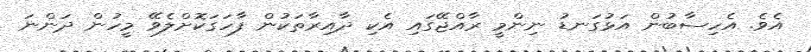
އެވެ. އެހިސާބުން އަޅުގަނޑު ނިންމީ ރާއްޖޭގައި އެކި ދާއިރާތަކުން ފާހަގަކޮށްލެވޭ މީހުން ދަންނަ